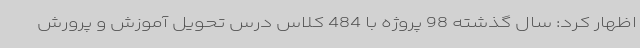
اظهار کرد: سال گذشته 98 پروژه با 484 کلاس درس تحویل آموزش و پرورش